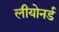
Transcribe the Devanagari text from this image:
लीयोनर्ड